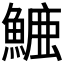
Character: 𮬁